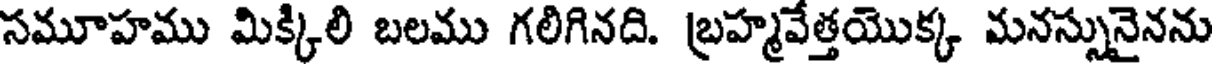
సమూహము మిక్కిలి బలము గలిగినది. బ్రహ్మవేత్తయొక్క మనస్సునైనను